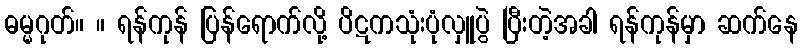
ဓမ္မဂုတ်။ ။ ရန်ကုန် ပြန်ရောက်လို့ ပိဋကသုံးပုံလှူပွဲ ပြီးတဲ့အခါ ရန်ကုန်မှာ ဆက်နေ